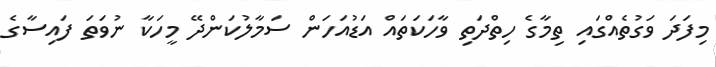
މިފަދަ ވަގުތެއްގައި ތިމާގެ ހިތްދަތި ވާހަކަތައް އަޑުއަހަން ސަމާލުކަންދޭ މީހަކާ ނުވަތަ ފައިސާގެ